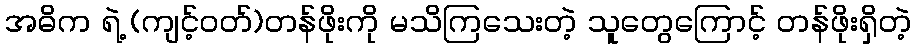
အဓိက ရဲ့ (ကျင့်ဝတ်)တန်ဖိုးကို မသိကြသေးတဲ့ သူတွေကြောင့် တန်ဖိုးရှိတဲ့